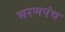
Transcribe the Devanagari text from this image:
भरणपंच